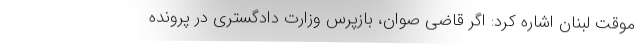
موقت لبنان اشاره کرد: اگر قاضی صوان، بازپرس وزارت دادگستری در پرونده